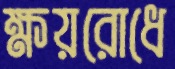
ক্ষয়রোধে